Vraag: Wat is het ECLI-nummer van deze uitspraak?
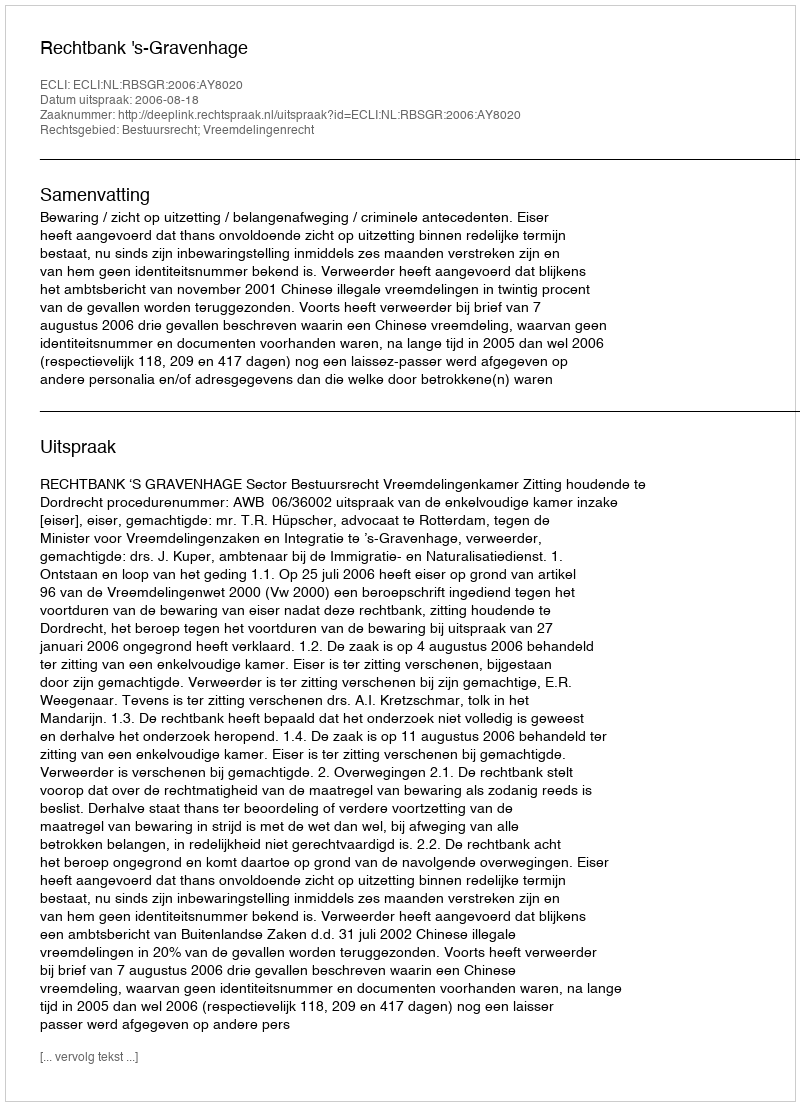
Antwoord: ECLI:NL:RBSGR:2006:AY8020